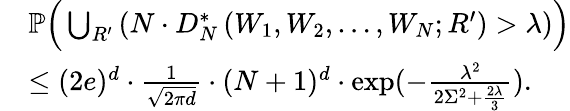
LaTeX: \begin{array}{rl}&{\mathbb{P}\Big(\bigcup_{R^{\prime}}\left(N\cdot D_{N}^{*}\left(W_{1},W_{2},\ldots,W_{N};R^{\prime}\right)>\lambda\right)\Big)}\\ &{\leq(2e)^{d}\cdot\frac{1}{\sqrt{2\pi d}}\cdot(N+1)^{d}\cdot\exp(-\frac{\lambda^{2}}{2\Sigma^{2}+\frac{2\lambda}{3}}).}\end{array}